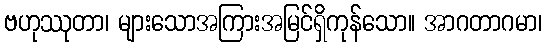
ဗဟုဿုတာ၊ များသောအကြားအမြင်ရှိကုန်သော။ အာဂတာဂမာ၊